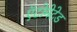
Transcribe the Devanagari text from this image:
ऍटोमेटेड